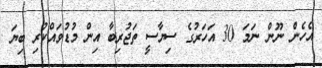
އެހެން ނޫން ނަމަ 30 އަހަރުގެ ސިޔާސީ ތަޖުރިބާ އިން މުޑުވައްކުރި ބިޔަ